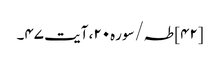
[۴۲] طہ/سوره۲۰، آیت ۴۷۔